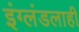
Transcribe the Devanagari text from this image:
इंग्लंडलाही